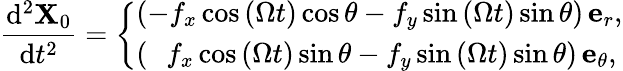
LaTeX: \frac{\mathrm{d}^{2}\mathbf{X}_{0}}{\mathrm{d}t^{2}}=\left\{ \begin{array}{ll}{\left(-f_{x}\cos{\left(\Omega t\right)}\cos\theta-f_{y}\sin{\left(\Omega t\right)}\sin\theta\right)\, \mathbf{e}_{r},}\\ {\left(\, \, \, \, f_{x}\cos{\left(\Omega t\right)}\sin\theta-f_{y}\sin{\left(\Omega t\right)}\sin\theta\right)\, \mathbf{e}_{\theta},}\end{array}\right.